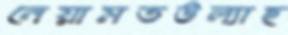
নেয়ামতউল্যাহ